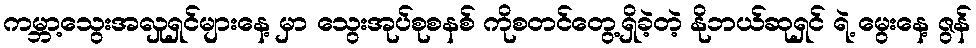
ကမ္ဘာ့သွေးအလှုရှင်များနေ့ မှာ သွေးအုပ်စုစနစ် ကိုစတင်တွေ့ရှိခဲ့တဲ့ နိုဘယ်ဆုရှင် ရဲ့ မွေးနေ့ ဇွန်